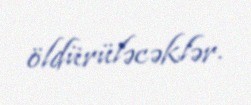
öldürüləcəklər.